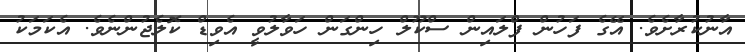
އާނުކުރާށެވެ. އޭގެ ފަހުން ފްލައިން ސްކޫލް ހިންގަން ހަވާލުވީ އެވިޑް ކޮލެޖުންނެވެ. އެކަމަކު